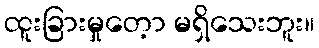
ထူးခြားမှုတေ့ာ မရှိသေးဘူး။